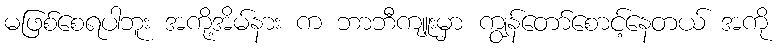
မဖြစ်စေရပါဘူး အကို့အိမ်နား က ဘာဘီကျူးမှာ ကျွန်တော်စောင့်နေတယ် အကို